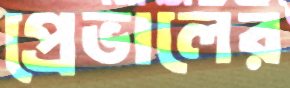
প্রেভালের